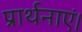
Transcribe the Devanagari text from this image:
प्रार्थनाएं।